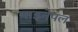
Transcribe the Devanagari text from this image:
पाइनेपल